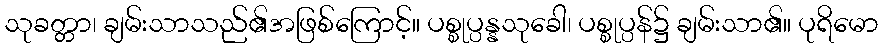
သုခတ္တာ၊ ချမ်းသာသည်၏အဖြစ်ကြောင့်။ ပစ္စုပ္ပန္နသုခေါ၊ ပစ္စုပ္ပန်၌ ချမ်းသာ၏။ ပုရိမော